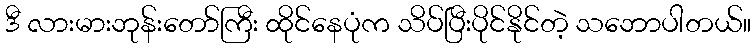
ဒီ လားမားဘုန်းတော်ကြီး ထိုင်နေပုံက သိပ်ပြီးပိုင်နိုင်တဲ့ သဘောပါတယ်။